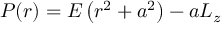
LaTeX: P ( r ) = E \left( r ^ { 2 } + a ^ { 2 } \right) - a L _ { z }